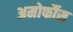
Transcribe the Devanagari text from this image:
अमोर्फौस